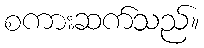
စကားဆက်သည်။